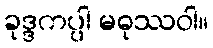
ခုဒ္ဒကပ္ပါ မဓုဿဝါ။